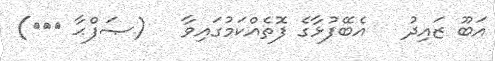
އަބޫ ޒައިދު   އެބޭފުޅާގެ ފޮތެއްކަމުގައިވާ   (ޞަފްޙާ ٥۰٦)